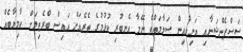
ސަސްޕެންޝަނާއި އަނިޔާއިން ސަލާމަތްވެ ނޭމާ އެނބުރި ކުޅުމުގެ ތެރެއަށް އައިސް ބްރެޒިލަށް ކާމިޔާބެއް